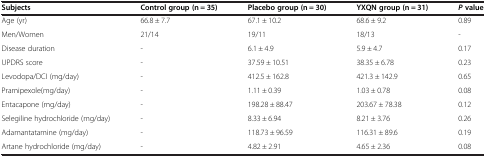
<table><thead><tr><td><b>Subjects</b></td><td><b>Control group (n = 35)</b></td><td><b>Placebo group (n = 30)</b></td><td><b>YXQN group (n = 31)</b></td><td><b><i>P </i>value</b></td></tr></thead><tbody><tr><td>Age (yr)</td><td>66.8 ± 7.7</td><td>67.1 ± 10.2</td><td>68.6 ± 9.2</td><td>0.89</td></tr><tr><td>Men/Women</td><td>21/14</td><td>19/11</td><td>18/13</td><td>-</td></tr><tr><td>Disease duration</td><td>-</td><td>6.1 ± 4.9</td><td>5.9 ± 4.7</td><td>0.17</td></tr><tr><td>UPDRS score</td><td>-</td><td>37.59 ± 10.51</td><td>38.35 ± 6.78</td><td>0.23</td></tr><tr><td>Levodopa/DCI (mg/day)</td><td>-</td><td>412.5 ± 162.8</td><td>421.3 ± 142.9</td><td>0.65</td></tr><tr><td>Pramipexole(mg/day)</td><td>-</td><td>1.11 ± 0.39</td><td>1.03 ± 0.78</td><td>0.08</td></tr><tr><td>Entacapone (mg/day)</td><td>-</td><td>198.28 ± 88.47</td><td>203.67 ± 78.38</td><td>0.12</td></tr><tr><td>Selegiline hydrochloride (mg/day)</td><td>-</td><td>8.33 ± 6.94</td><td>8.21 ± 3.76</td><td>0.26</td></tr><tr><td>Adamantatamine (mg/day)</td><td>-</td><td>118.73 ± 96.59</td><td>116.31 ± 89.6</td><td>0.19</td></tr><tr><td>Artane hydrochloride (mg/day)</td><td>-</td><td>4.82 ± 2.91</td><td>4.65 ± 2.36</td><td>0.08</td></tr></tbody></table>